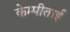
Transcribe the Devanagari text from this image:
केम्पीताई